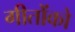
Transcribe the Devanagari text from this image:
गीतोंको